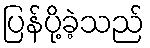
ပြန်ပို့ခဲ့သည်